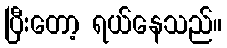
ပြီးတော့ ရယ်နေသည်။